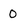
Character: 0